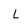
Character: L